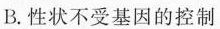
B. 性状不受基因的控制